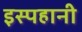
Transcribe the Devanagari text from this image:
इस्पहानी